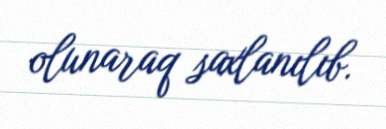
olunaraq saxlanılıb.